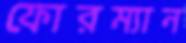
ফোরম্যান